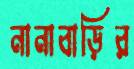
নানাবাড়ির